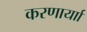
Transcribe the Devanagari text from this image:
करणार्याा